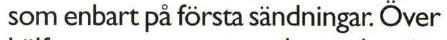
som enbart på första sändningar. Över